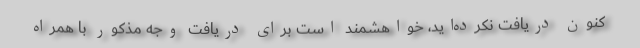
کنون دریافت نکرده‌اید، خواهشمند است برای دریافت وجه مذکور با همراه